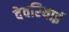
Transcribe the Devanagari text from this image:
देवरियाई